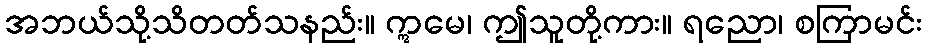
အဘယ်သို့သိတတ်သနည်း။ ဣမေ၊ ဤသူတို့ကား။ ရညော၊ စကြာမင်း